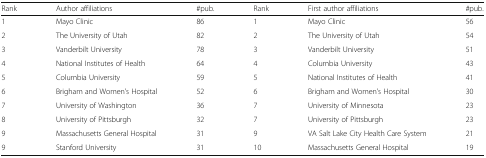
<table><thead><tr><td><b>Rank</b></td><td><b>Author affiliations</b></td><td><b>#pub.</b></td><td><b>Rank</b></td><td><b>First author affiliations</b></td><td><b>#pub.</b></td></tr></thead><tbody><tr><td>1</td><td>Mayo Clinic</td><td>86</td><td>1</td><td>Mayo Clinic</td><td>56</td></tr><tr><td>2</td><td>The University of Utah</td><td>82</td><td>2</td><td>The University of Utah</td><td>54</td></tr><tr><td>3</td><td>Vanderbilt University</td><td>78</td><td>3</td><td>Vanderbilt University</td><td>51</td></tr><tr><td>4</td><td>National Institutes of Health</td><td>64</td><td>4</td><td>Columbia University</td><td>43</td></tr><tr><td>5</td><td>Columbia University</td><td>59</td><td>5</td><td>National Institutes of Health</td><td>41</td></tr><tr><td>6</td><td>Brigham and Women’s Hospital</td><td>52</td><td>6</td><td>Brigham and Women’s Hospital</td><td>30</td></tr><tr><td>7</td><td>University of Washington</td><td>36</td><td>7</td><td>University of Minnesota</td><td>23</td></tr><tr><td>8</td><td>University of Pittsburgh</td><td>32</td><td>7</td><td>University of Pittsburgh</td><td>23</td></tr><tr><td>9</td><td>Massachusetts General Hospital</td><td>31</td><td>9</td><td>VA Salt Lake City Health Care System</td><td>21</td></tr><tr><td>9</td><td>Stanford University</td><td>31</td><td>10</td><td>Massachusetts General Hospital</td><td>19</td></tr></tbody></table>